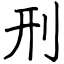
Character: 刑